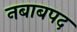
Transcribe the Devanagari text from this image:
नबाबपद